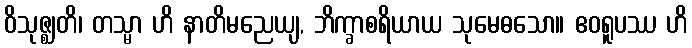
ဝိသုဇ္ဈတိ၊ တသ္မာ ဟိ နာတိမညေယျ, ဘိက္ခာစရိယာယ သုမေဓသော။ ဧဝရူပဿ ဟိ